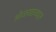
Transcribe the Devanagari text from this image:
ओळखाव्यात